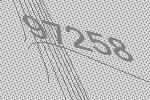
97258